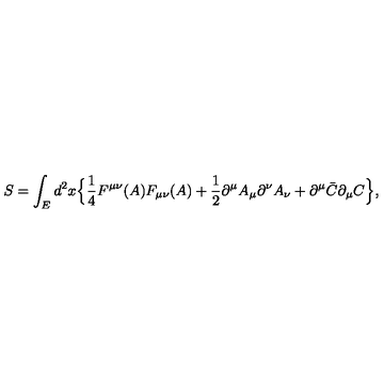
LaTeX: S = \int _ { E } d ^ { 2 } x \Bigr \{ \mathrm { \frac { 1 } { 4 } } F ^ { \mu \nu } ( A ) F _ { \mu \nu } ( A ) + \mathrm { \frac { 1 } { 2 } } \partial ^ { \mu } A _ { \mu } \partial ^ { \nu } A _ { \nu } + \partial ^ { \mu } \bar { C } \partial _ { \mu } C \Bigr \} ,